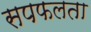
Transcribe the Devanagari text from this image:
सपफलता